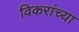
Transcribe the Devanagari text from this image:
विकरांच्या